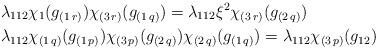
LaTeX: \begin{align*}&\lambda_{112}\chi_1(g_{(1\,r)})\chi_{(3\,r)}(g_{(1\,q)})=\lambda_{112}\xi^2\chi_{(3\,r)}(g_{(2\,q)})\\&\lambda_{112}\chi_{(1\,q)}(g_{(1\,p)})\chi_{(3\,p)}(g_{(2\,q)}) \chi_{(2\,q)}(g_{(1\,q)})=\lambda_{112}\chi_{(3\,p)}(g_{12})\end{align*}